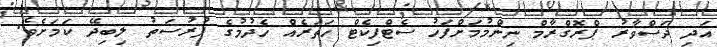
އަދި ދަސްވާރު ޕްރޮގްރާމް ނިންމުމަށްފަހު ސެޓްފިކެޓް ހަތަރެއް ހެދުމުގެ ފުރުސަތު ލިބިދޭ ކަމަށެވެ.